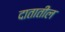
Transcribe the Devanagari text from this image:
दातातील